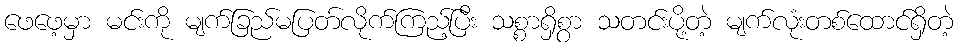
ဖေဖေ့မှာ မင်းကို မျက်ခြည်မပြတ်လိုက်ကြည့်ပြီး သစ္စာရှိစွာ သတင်းပို့တဲ့ မျက်လုံးတစ်ထောင်ရှိတဲ့